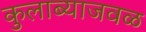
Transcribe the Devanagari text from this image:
कुलाब्याजवळ